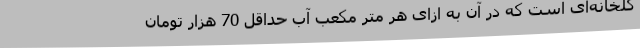
گلخانه‌ای است که در آن به ازای هر متر مکعب آب حداقل 70 هزار تومان